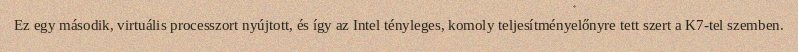
Ez egy második, virtuális processzort nyújtott, és így az Intel tényleges, komoly teljesítményelőnyre tett szert a K7-tel szemben.